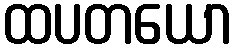
ထပတယော